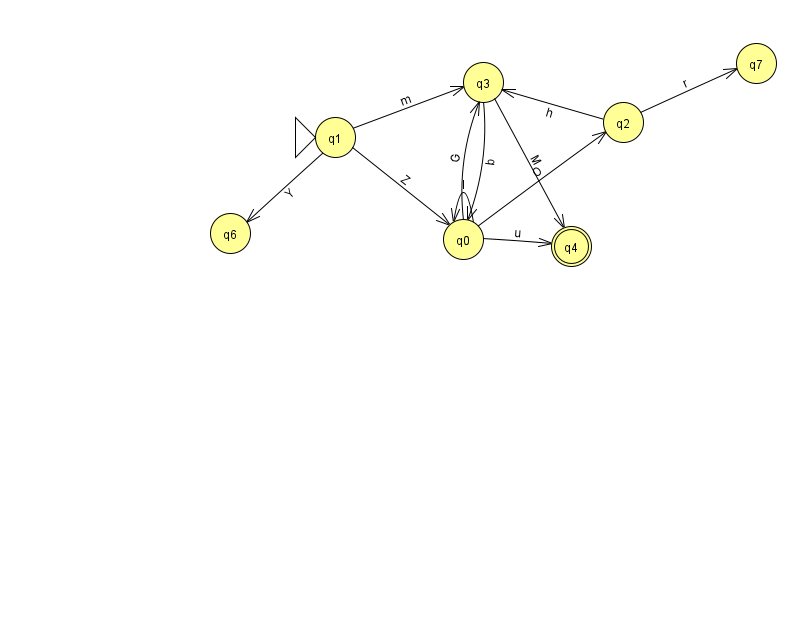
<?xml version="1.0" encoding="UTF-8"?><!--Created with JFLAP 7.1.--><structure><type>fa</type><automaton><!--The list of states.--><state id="0" name="q0"><x>463.0</x><y>226.0</y></state><state id="1" name="q1"><x>335.0</x><y>124.0</y><initial/></state><state id="2" name="q2"><x>623.0</x><y>109.0</y></state><state id="3" name="q3"><x>483.0</x><y>69.0</y></state><state id="4" name="q4"><x>571.0</x><y>233.0</y><final/></state><state id="6" name="q6"><x>230.0</x><y>220.0</y></state><state id="7" name="q7"><x>756.0</x><y>50.0</y></state><!--The list of transitions.--><transition><from>0</from><to>4</to><read>u</read></transition><transition><from>1</from><to>6</to><read>Y</read></transition><transition><from>3</from><to>0</to><read>b</read></transition><transition><from>1</from><to>3</to><read>m</read></transition><transition><from>2</from><to>7</to><read>r</read></transition><transition><from>0</from><to>3</to><read>G</read></transition><transition><from>1</from><to>0</to><read>Z</read></transition><transition><from>0</from><to>0</to><read>I</read></transition><transition><from>2</from><to>3</to><read>h</read></transition><transition><from>3</from><to>4</to><read>M</read></transition><transition><from>0</from><to>2</to><read>O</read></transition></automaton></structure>